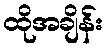
ထိုအချိန်း